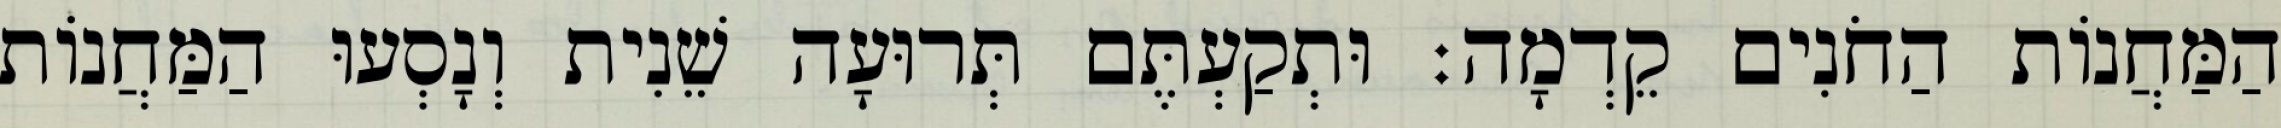
הַמַּחֲנוֹת הַחֹנִים קֵדְמָה׃ וּתְקַעְתֶּם תְּרוּעָה שֵׁנִית וְנָסְעוּ הַמַּחֲנוֹת